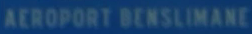
AEROPORT BENSLIMANE